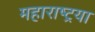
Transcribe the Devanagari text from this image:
महाराष्ट्रया